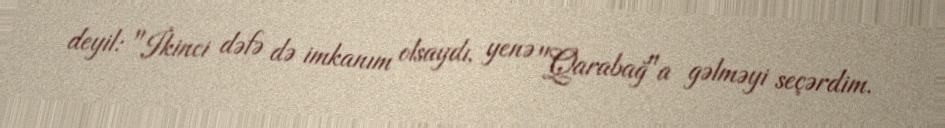
deyil: "İkinci dəfə də imkanım olsaydı, yenə "Qarabağ"a gəlməyi seçərdim.